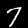
Digit: 7